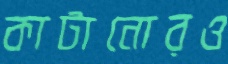
কাটানোরও